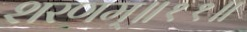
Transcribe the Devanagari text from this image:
शरणम्॥११॥